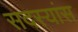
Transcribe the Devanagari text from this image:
सदस्यांस